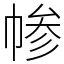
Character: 㡎